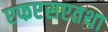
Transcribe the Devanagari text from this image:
एफएसएतथा